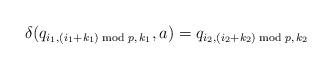
LaTeX: \begin{align*}\delta(q_{i_1,(i_1+k_1)\bmod p,\, k_1},a)=q_{i_2,(i_2+k_2)\bmod p,\, k_2}\end{align*}